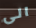
الى